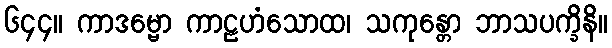
၆၄၄။ ကာဒမ္ဗော ကာဠဟံသောထ၊ သကုန္တော ဘာသပက္ခိနိ။